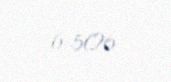
6 506